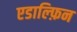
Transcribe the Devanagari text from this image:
एडाल्फ़िन